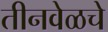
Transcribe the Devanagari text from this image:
तीनवेळचे